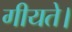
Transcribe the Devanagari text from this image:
गीयते।